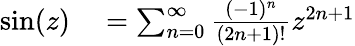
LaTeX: \begin{array}{rl}{\sin(z)}&{{}=\sum_{n=0}^{\infty}{\frac{(-1)^{n}}{(2n+1)!}}z^{2n+1}}\end{array}